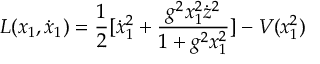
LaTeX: L ( x _ { 1 } , \dot { x } _ { 1 } ) = \frac { 1 } { 2 } [ \dot { x } _ { 1 } ^ { 2 } + \frac { g ^ { 2 } x _ { 1 } ^ { 2 } \dot { z } ^ { 2 } } { 1 + g ^ { 2 } x _ { 1 } ^ { 2 } } ] - V ( x _ { 1 } ^ { 2 } )